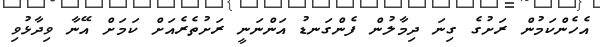
އެހެންކަމުން ރަށުގެ ގިނަ ދިމާލުން ފެންގަނޑު އަންނަނީ ރަށުތެރެއަށް ކަމަށް އޭނާ ވިދާޅުވި